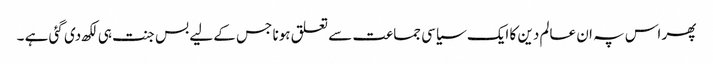
پھر اس پہ ان عالم دین کا ایک سیاسی جماعت سے تعلق ہونا جس کے لیے بس جنت ہی لکھ دی گئی ہے ۔